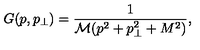
G ( p , p _ { \perp } ) = \frac { 1 } { \mathcal { M } ( p ^ { 2 } + p _ { \perp } ^ { 2 } + M ^ { 2 } ) } ,